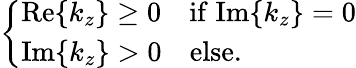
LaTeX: \left\{ \begin{array}{ll}{\mathrm{Re}\{ k_{z}\} \geq 0\quad\mathrm{if}\; \mathrm{Im}\{ k_{z}\} =0}\\ {\mathrm{Im}\{ k_{z}\} >0\quad\mathrm{else}.}\end{array}\right.